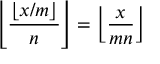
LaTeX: \left\lfloor { \frac { \lfloor x / m \rfloor } { n } } \right\rfloor = \left\lfloor { \frac { x } { m n } } \right\rfloor